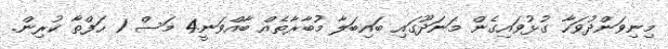
މިނިވަންދުވަހާ ގުޅުވައިގެން މަނަދޫގައި ބައިބަލާ މުބާރާތެއް ބާއްވަނީ4 މަސް 1 ހަފްތާ ކުރިން.